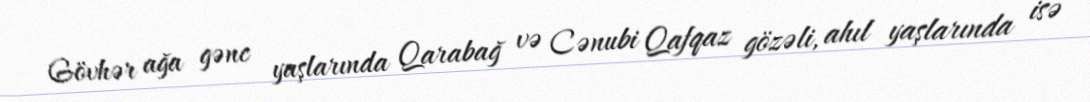
Gövhər ağa gənc yaşlarında Qarabağ və Cənubi Qafqaz gözəli, ahıl yaşlarında isə